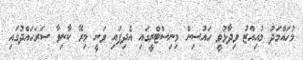
މުހައްމަދު މުއިއްޒު ވިދާޅުވީ ހައުސިން މިނިސްޓްރީގައި އެދިފައި ވަނީ މިރޭ ކާނިވާ ސަރަހައްދުގައި